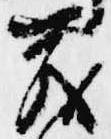
茂